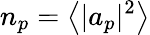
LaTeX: n_{p}=\left<|a_{p}|^{2}\right>